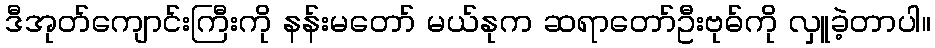
ဒီအုတ်ကျောင်းကြီးကို နန်းမတော် မယ်နုက ဆရာတော်ဦးဗုဓ်ကို လှူခဲ့တာပါ။